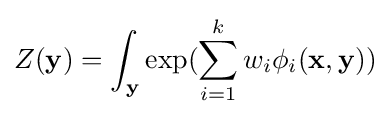
Z(\mathbf {y} )=\int _{\mathbf {y} }\exp(\sum _{i=1}^{k}w_{i}\phi _{i}(\mathbf {x} ,\mathbf {y} ))